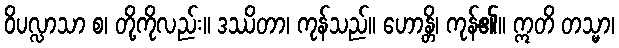
ဝိပလ္လာသာ စ၊ တို့ကိုလည်း။ ဒဿိတာ၊ ကုန်သည်။ ဟောန္တိ၊ ကုန်၏။ ဣတိ တသ္မာ၊